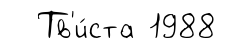
Тв'и́ста 1988